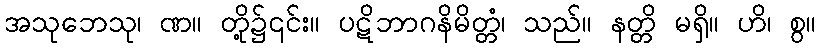
အသုဘေသု၊ ဏ။ တို့၌၎င်း။ ပဋိဘာဂနိမိတ္တံ၊ သည်။ နတ္တိ မရှိ။ ဟိ၊ စွ။